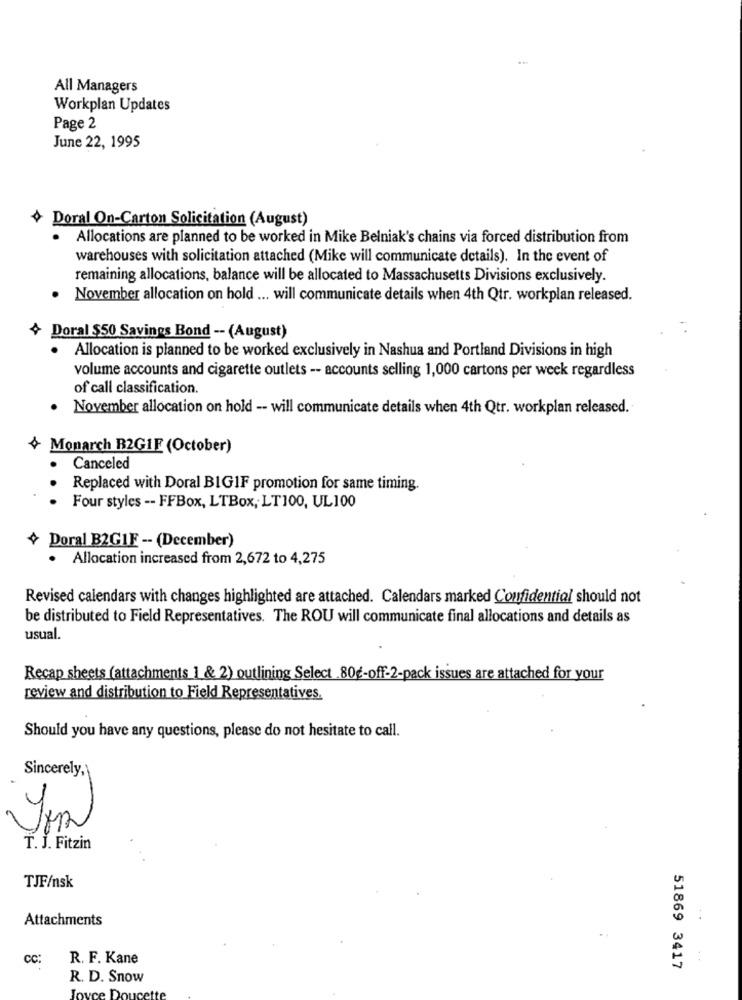
All Managers
Workplan Updates
Page 2
June 22, 1995
+ Doral On-Carton Solicitation (August)
· Allocations are planned to be worked in Mike Belniak's chains via forced distribution from
warehouses with solicitation attached (Mike will communicate details). In the event of
remaining allocations, balance will be allocated to Massachusetts Divisions exclusively.
November allocation on hold ... will communicate details when 4th Qtr. workplan released.
+ Doral $50 Savings Bond -- (August)
· Allocation is planned to be worked exclusively in Nashua and Portland Divisions in high
volume accounts and cigarette outlets -- accounts selling 1,000 cartons per week regardless
of call classification.
November allocation on hold -- will communicate details when 4th Qtr. workplan released.
+ Monarch R2GIF (October)
Canceled
Replaced with Doral BIGIF promotion for same timing.
Four styles -- FFBox, LTBox, LT100, UL100
+ Doral B2GIF -- (December)
· Allocation increased from 2,672 to 4,275
Revised calendars with changes highlighted are attached. Calendars marked Confidential should not
be distributed to Field Representatives. The ROU will communicate final allocations and details as
usual.
Recap sheets (attachments 1 & 2) outlining Select .80€-off-2-pack issues are attached for your
review and distribution to Field Representatives.
Should you have any questions, please do not hesitate to call.
Sincerely,
T. J. Fitzin
TJF/nsk
Attachments
CC:
R. F. Kane
51869 3417
R. D. Snow
love